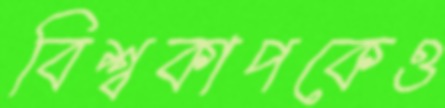
বিশ্বকাপকেও